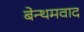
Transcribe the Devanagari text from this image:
बेन्थमवाद